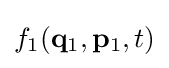
f_{1}(\mathbf {q} _{1},\mathbf {p} _{1},t)